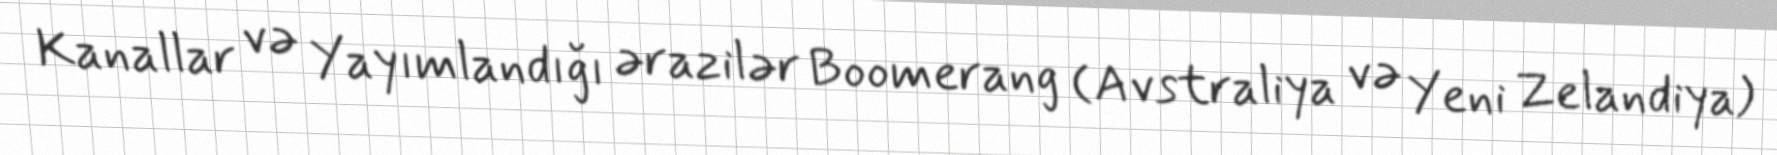
Kanallar və Yayımlandığı ərazilər Boomerang (Avstraliya və Yeni Zelandiya)